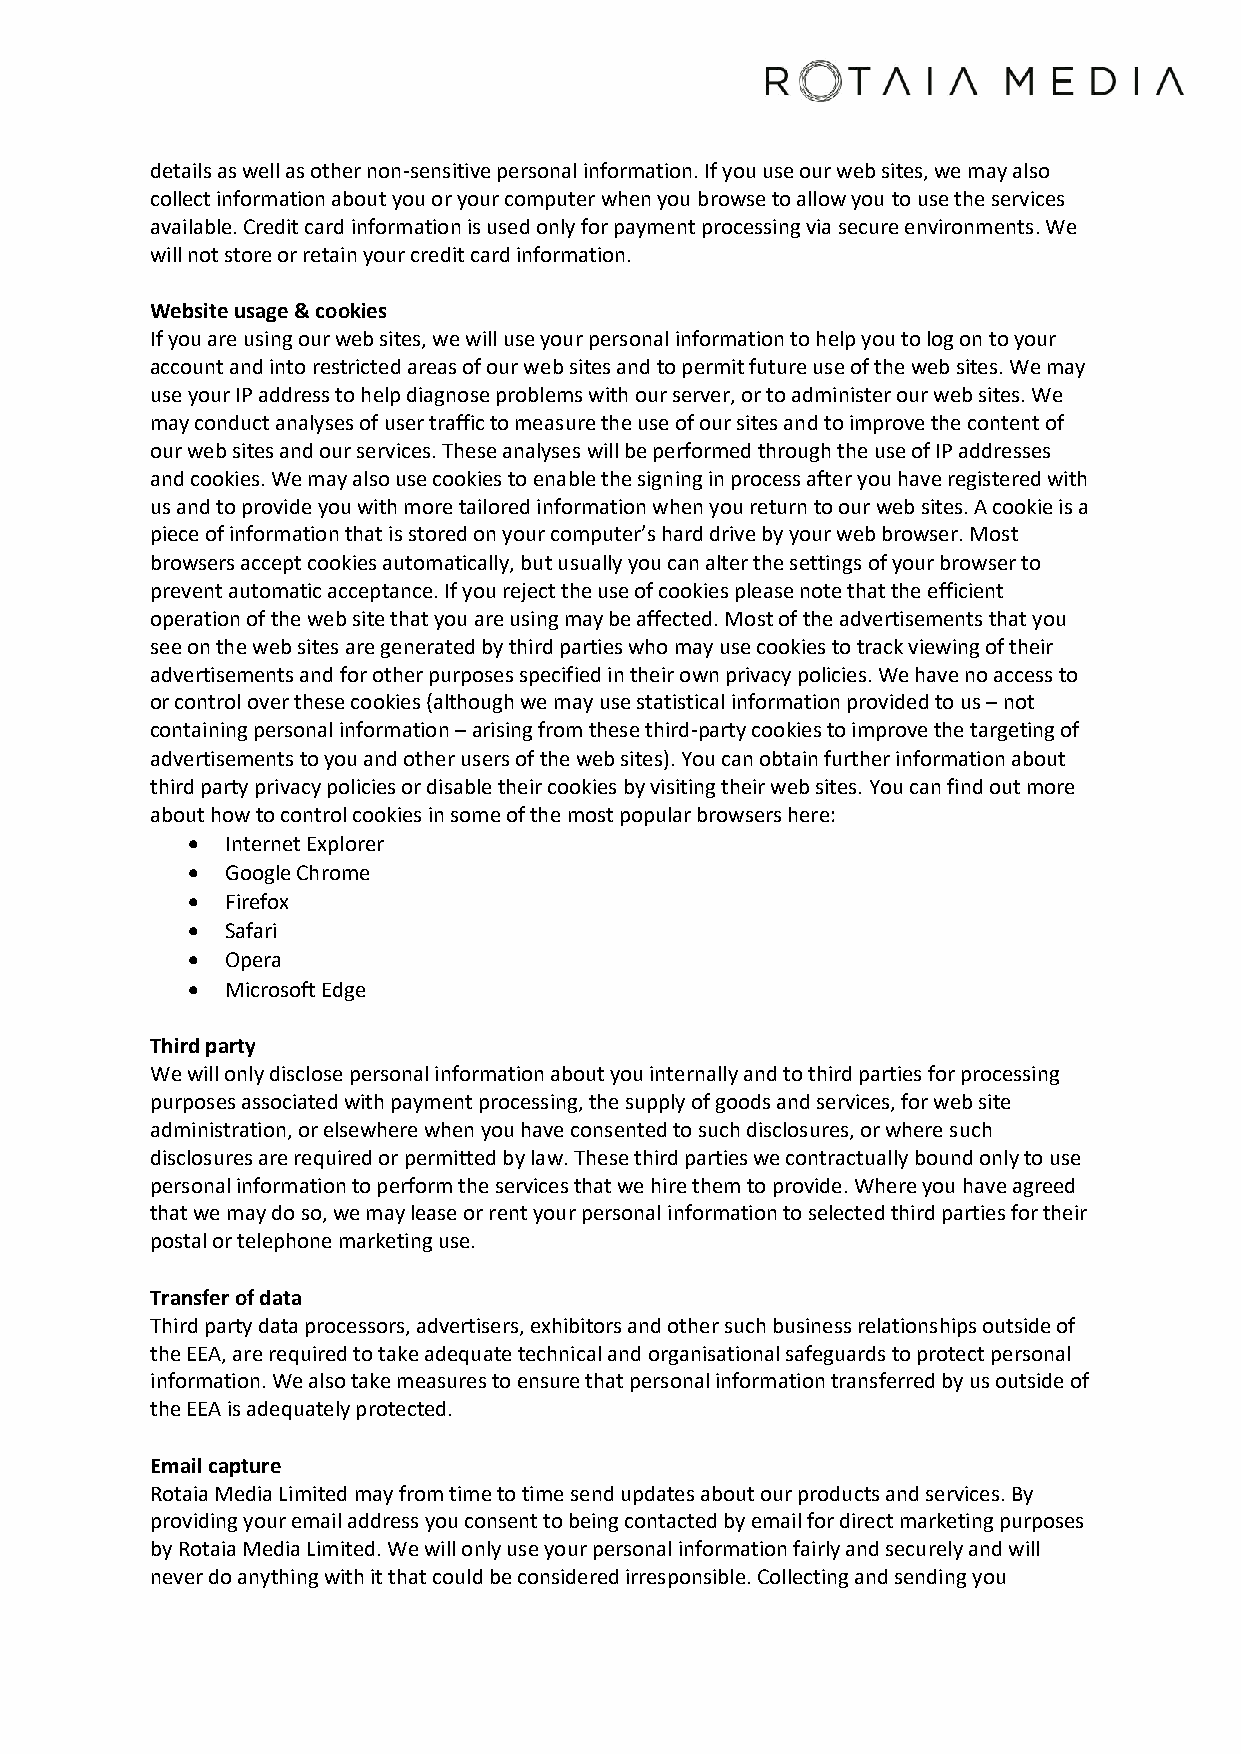
details as well as other non-sensitive personal information. If you use our web sites, we may also
 collect information about you or your computer when you browse to allow you to use the services
 available. Credit card information is used only for payment processing via secure environments. We
 will not store or retain your credit card information.
 Website usage & cookies
 If you are using our web sites, we will use your personal information to help you to log on to your
 account and into restricted areas of our web sites and to permit future use of the web sites. We may
 use your IP address to help diagnose problems with our server, or to administer our web sites. We
 may conduct analyses of user traffic to measure the use of our sites and to improve the content of
 our web sites and our services. These analyses will be performed through the use of IP addresses
 and cookies. We may also use cookies to enable the signing in process after you have registered with
 us and to provide you with more tailored information when you return to our web sites. A cookie is a
 piece of information that is stored on your computer’s hard drive by your web browser. Most
 browsers accept cookies automatically, but usually you can alter the settings of your browser to
 prevent automatic acceptance. If you reject the use of cookies please note that the efficient
 operation of the web site that you are using may be affected. Most of the advertisements that you
 see on the web sites are generated by third parties who may use cookies to track viewing of their
 advertisements and for other purposes specified in their own privacy policies. We have no access to
 or control over these cookies (although we may use statistical information provided to us – not
 containing personal information – arising from these third-party cookies to improve the targeting of
 advertisements to you and other users of the web sites). You can obtain further information about
 third party privacy policies or disable their cookies by visiting their web sites. You can find out more
 about how to control cookies in some of the most popular browsers here:
 •  Internet Explorer
 •  Google Chrome
 •  Firefox
 •  Safari
 •  Opera
 •  Microsoft Edge
 Third party
 We will only disclose personal information about you internally and to third parties for processing
 purposes associated with payment processing, the supply of goods and services, for web site
 administration, or elsewhere when you have consented to such disclosures, or where such
 disclosures are required or permitted by law. These third parties we contractually bound only to use
 personal information to perform the services that we hire them to provide. Where you have agreed
 that we may do so, we may lease or rent your personal information to selected third parties for their
 postal or telephone marketing use.
 Transfer of data
 Third party data processors, advertisers, exhibitors and other such business relationships outside of
 the EEA, are required to take adequate technical and organisational safeguards to protect personal
 information. We also take measures to ensure that personal information transferred by us outside of
 the EEA is adequately protected.
 Email capture
 Rotaia Media Limited may from time to time send updates about our products and services. By
 providing your email address you consent to being contacted by email for direct marketing purposes
 by Rotaia Media Limited. We will only use your personal information fairly and securely and will
 never do anything with it that could be considered irresponsible. Collecting and sending you